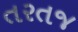
તરતજ